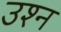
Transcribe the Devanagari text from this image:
उश्न